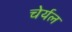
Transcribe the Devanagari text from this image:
चेर्यल